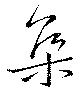
集